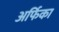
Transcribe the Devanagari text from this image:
अर्फिका